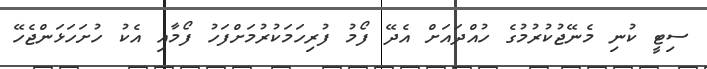
ސިޓީ ކުނި މެނޭޖުކުރުމުގެ ހުއްދައަށް އެދޭ ފޯމު ފުރިހަމަކުރުމަށްފަހު ފޯމާއި އެކު ހުށަހަޅަންޖެހޭ